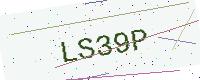
Text: LS39P